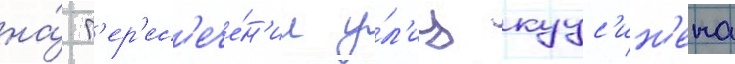
на́ п'ер'ес'ече́н'ии у́л'иц куус'ин'ена